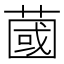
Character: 蔮